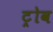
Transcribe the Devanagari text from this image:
ट्रोव